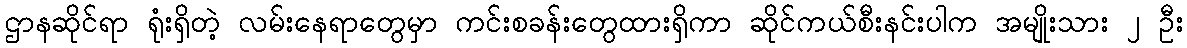
ဌာနဆိုင်ရာ ရုံးရှိတဲ့ လမ်းနေရာတွေမှာ ကင်းစခန်းတွေထားရှိကာ ဆိုင်ကယ်စီးနင်းပါက အမျိုးသား ၂ ဦး